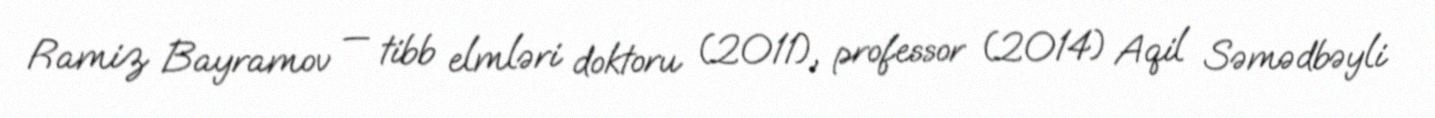
Ramiz Bayramov — tibb elmləri doktoru (2011), professor (2014) Aqil Səmədbəyli